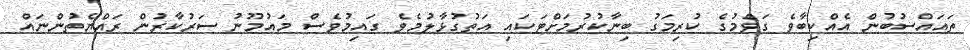
ތައައްސުބުން އެއްކިބާވެ ގަވްމުގެ ކުރިމަގު ބިނާކުރުމަށްޓަކައި އަތުގުޅާލުމެވެ ގައިމުވެސް މައުމޫނު ސަރުކާރުން ރައްޔެތުންނައް